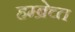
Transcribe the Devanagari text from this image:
हम्ब्रेच्त